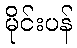
မိုင်းပန်